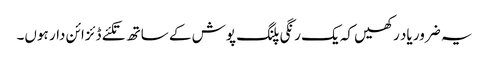
یہ ضرور یاد رکھیں کہ یک رنگی پلنگ پوش کے ساتھ تکئے ڈئزائن دار ہوں۔